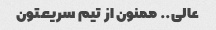
عالی.. ممنون از تیم سریعتون